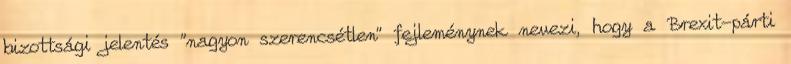
bizottsági jelentés "nagyon szerencsétlen" fejleménynek nevezi, hogy a Brexit-párti